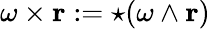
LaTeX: \omega\times\mathbf{r}:={\star}(\omega\wedge\mathbf{r})